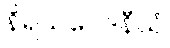
နိရယဝေဒနီယံ